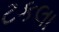
ટકલા